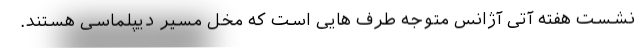
نشست هفته آتی آژانس متوجه طرف هایی است که مخل مسیر دیپلماسی هستند.